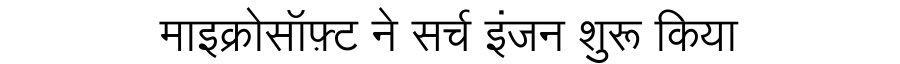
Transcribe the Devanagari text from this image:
माइक्रोसॉफ़्ट ने सर्च इंजन शुरू किया